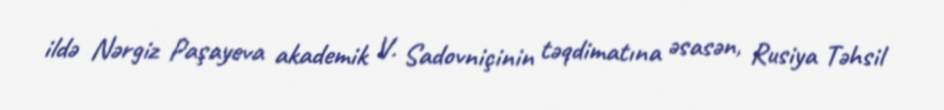
ildə Nərgiz Paşayeva akademik V. Sadovniçinin təqdimatına əsasən, Rusiya Təhsil